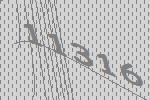
11316